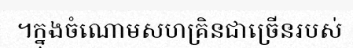
។ក្នុងចំណោមសហគ្រិនជាច្រើនរបស់